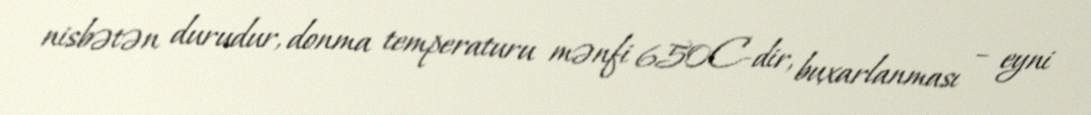
nisbətən durudur, donma temperaturu mənfi 650C-dir, buxarlanması – eyni